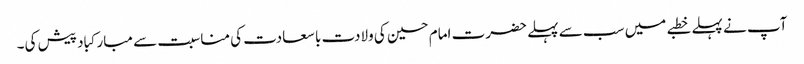
آپ نے پہلے خطبے میں سب سے پہلے حضرت امام حسین کی ولادت با سعادت کی مناسبت سے مبارکباد پیش کی۔